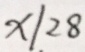
x / 2 8